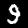
Digit: 9